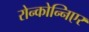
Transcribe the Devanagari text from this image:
रोन्कोन्निएर